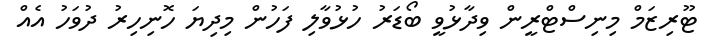
ޓޫރިޒަމް މިނިސްޓްރީން ވިދާޅުވީ ބޯޑަރު ހުުޅުވާލި ފަހުން މިދިޔަ ހޮނިހިރު ދުވަހު އެއް